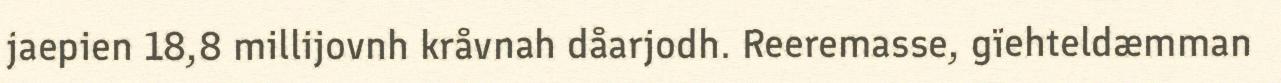
jaepien 18,8 millijovnh kråvnah dåarjodh. Reeremasse, gïehteldæmman